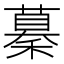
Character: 𥢞